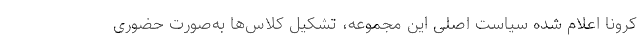
کرونا اعلام شده سیاست اصلی این مجموعه، تشکیل کلاس‌ها به‌صورت حضوری